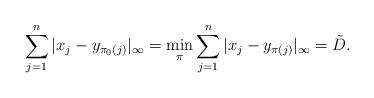
LaTeX: \begin{align*}\sum_{j=1}^n |x_j-y_{\pi_0(j)}|_{\infty}=\min_{\pi}\sum_{j=1}^n |x_j-y_{\pi(j)}|_{\infty}=\tilde{D}.\end{align*}